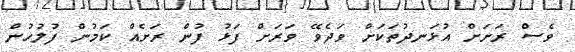
ވެސް ރަށަށް އުޅަނދުތަކަށް ވަދެވޭ ވަރަށް ފަޅު ފުން ރަށެއް ކަމުން ފުލުހުން